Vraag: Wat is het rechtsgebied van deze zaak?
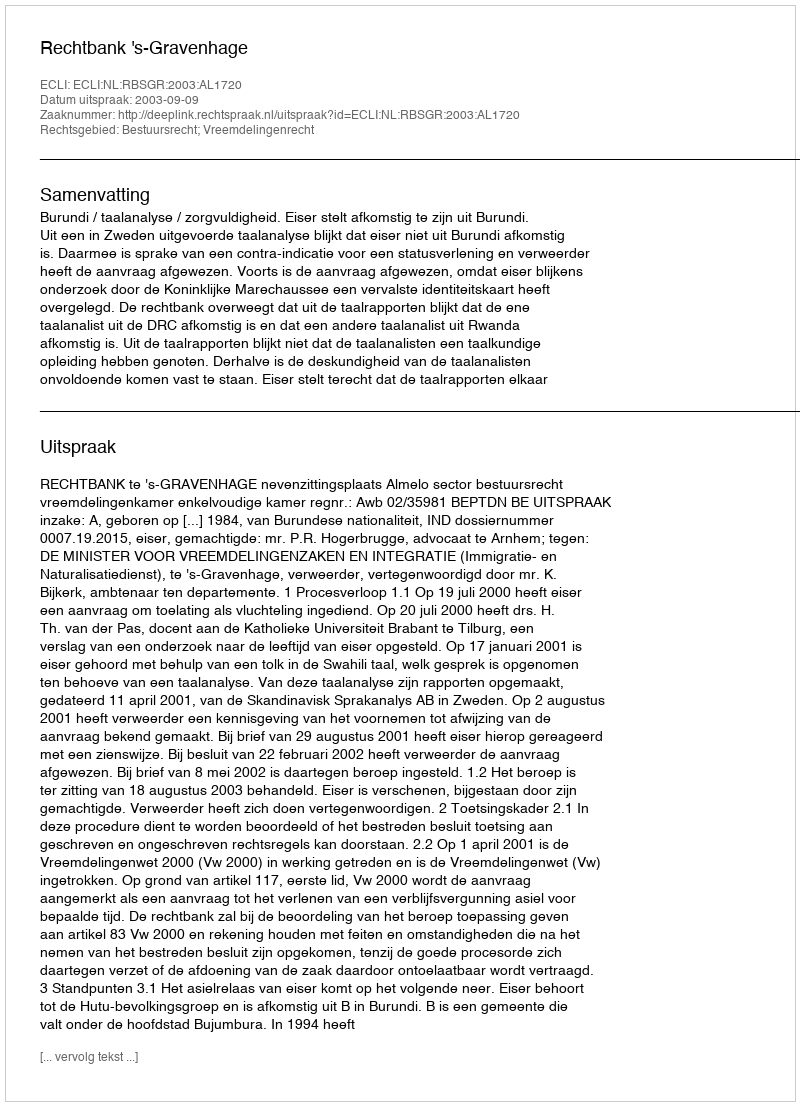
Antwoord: Bestuursrecht; Vreemdelingenrecht